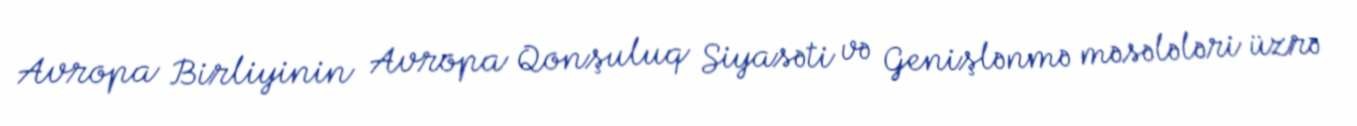
Avropa Birliyinin Avropa Qonşuluq Siyasəti və Genişlənmə məsələləri üzrə